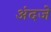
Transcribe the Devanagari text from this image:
अंदजे